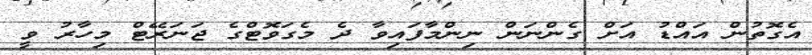
އެގޮތުން އައްޑު އަށް ގެންނަން ނިންމާފައިވާ ދެ މެގަވޮޓްގެ ޖަނަރޭޓް މިހާރު ވީ